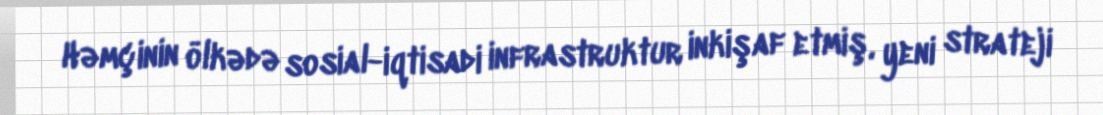
Həmçinin ölkədə sosial-iqtisadi infrastruktur inkişaf etmiş, yeni strateji